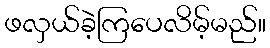
ဖလှယ်ခဲ့ကြပေလိမ့်မည်။